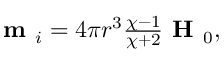
\begin{array} { r } { \textbf { m } _ { i } = 4 \pi r ^ { 3 } \frac { \chi - 1 } { \chi + 2 } \textbf { H } _ { 0 } , } \end{array}